Vaccination in the Punjab 1905-1918 - 1905-1918
Year: 1905
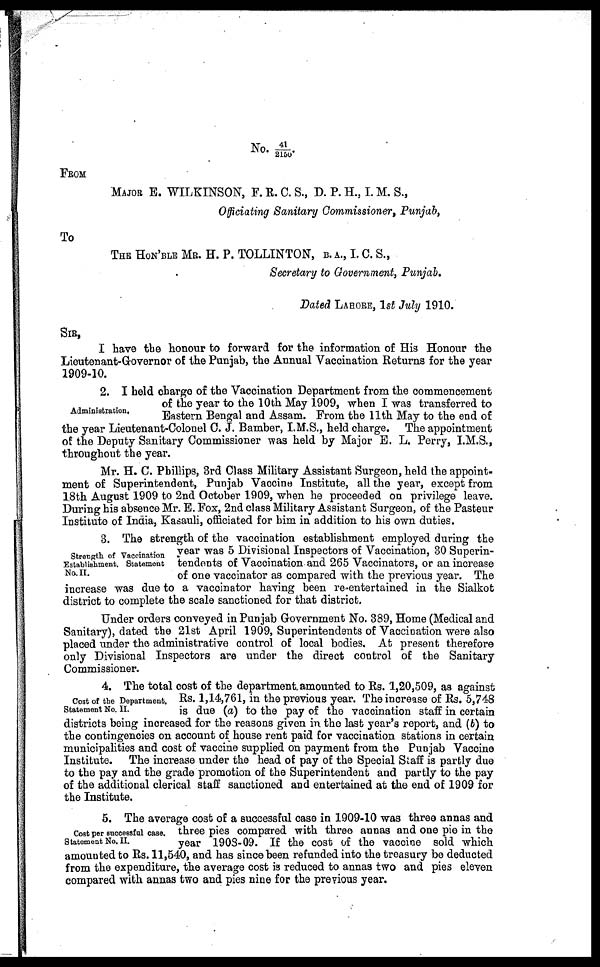
No. 41/2150.
FROM
MAJOR E. WILKINSON, F. R. C. S., D. P. H., I. M. S.,
Officiating Sanitary Commissioner, Punjab,
To
THE HON' BLE MR. H. P. TOLLINTON, B.A., I.C.S.,
Secretary to Government, Punjab.
Dated LAHORE, 1st July 1910.
SIR,
I have the honour to forward for the information of His Honour the
Lieutenant-Governor of the Punjab, the Annual Vaccination Returns for the year
1909-10.
Administration,
2. I held charge of the Vaccination Department from the commencement
of the year to the 10th May 1909, when I was transferred to
Eastern Bengal and Assam. From the 11th May to the end of
the year Lieutenant-Colonel C. J. Bamber, I.M.S., held charge. The appointment
of the Deputy Sanitary Commissioner was held by Major E. L. Perry, I.M.S.,
throughout the year.
Mr. H. C. Phillips, 3rd Class Military Assistant Surgeon, held the appoint-
ment of Superintendent, Punjab Vaccine Institute, all the year, except from
18th August 1909 to 2nd October 1909, when he proceeded on privilege leave.
During his absence Mr. E. Fox, 2nd class Military Assistant Surgeon, of the Pasteur
Institute of India, Kasauli, officiated for him in addition to his own duties.
Strength, of Vaccination
Establishment. Statement
No. II.
3. The strength of the vaccination establishment employed during the
year was 5 Divisional Inspectors of Vaccination, 30 Superin-
tendents of Vaccination and 265 Vaccinators, or an increase
of one vaccinator as compared with the previous year. The
increase was due to a vaccinator having been re-entertained in the Sialkot
district to complete the scale sanctioned for that district.
Under orders conveyed in Punjab Government No. 389, Home (Medical and
Sanitary), dated the 21st April 1909, Superintendents of Vaccination were also
placed under the administrative control of local bodies. At present therefore
only Divisional Inspectors are under the direct control of the Sanitary
Commissioner.
Cost of the Department.
Statement No. II.
4. The total cost of the department amounted to Rs. 1,20,509, as against
Rs. 1,14,761, in the previous year. The increase of Rs. 5,748
is due (a) to the pay of the vaccination staff in certain
districts being increased for the reasons given in the last year's report, and (b) to
the contingencies on account of house rent paid for vaccination stations in certain
municipalities and cost of vaccine supplied on payment from the Punjab Vaccine
Institute. The increase under the head of pay of the Special Staff is partly due
to the pay and the grade promotion of the Superintendent and partly to the pay
of the additional clerical staff sanctioned and entertained at the end of 1909 for
the Institute.
Cost per successful case.
Statement No. II.
5. The average cost of a successful case in 1909-10 was three annas and
three pies compared with three annas and one pie in the
year 1908-09. If the cost of the vaccine sold which
amounted to Rs. 11,540, and has since been refunded into the treasury be deducted
from the expenditure, the average cost is reduced to annas two and pies eleven
compared with annas two and pies nine for the previous year.